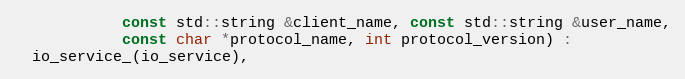
Language: C
            const std::string &client_name, const std::string &user_name,
            const char *protocol_name, int protocol_version) :
  io_service_(io_service),